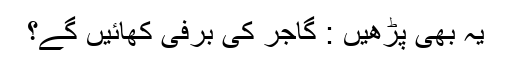
یہ بھی پڑھیں : گاجر کی برفی کھائیں گے؟